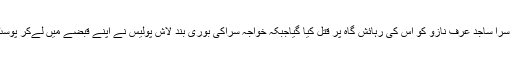
پولیس حکام کے مطابق گزشتہ روز خواجہ سرا ساجد عرف نازو کو اس کی رہائش گاہ پر قتل کیا گیاجبکہ خواجہ سراکی بوری بند لاش پولیس نے اپنے قبضے میں لےکر پوسٹ مارٹم کے لئے ہسپتال منتقل کر دی ہے ۔